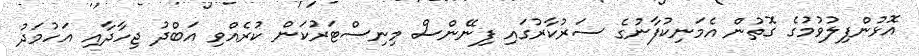
އޮޅުންފިލުވުމުގެ ގޮތުން އެމަނިކުފާނުގެ ސަރުކާރުގައި ފިނޭންސް މިނިސްޓަރުކަން ކުރެއްވި އަބްދު ޖިހާދާއި އަހުމަދު